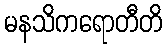
မနသိကရောတီတိ